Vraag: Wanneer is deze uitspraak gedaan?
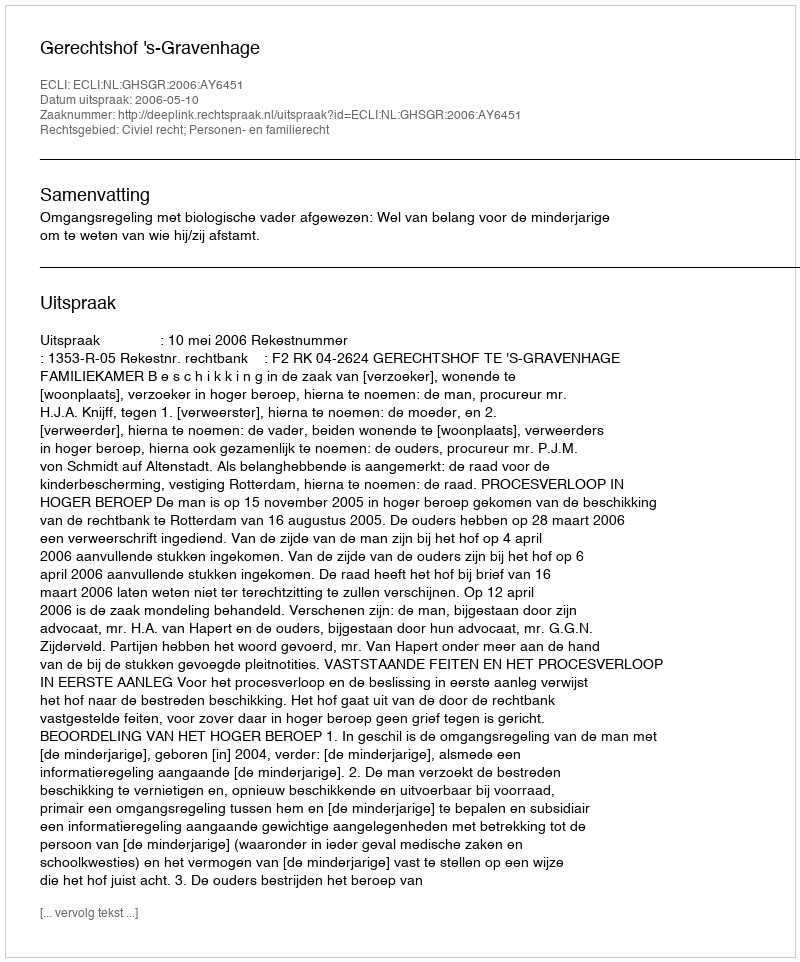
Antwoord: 2006-05-10